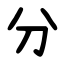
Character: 分